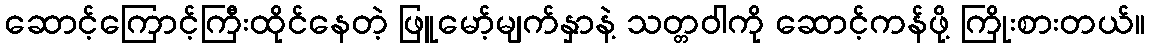
ဆောင့်ကြောင့်ကြီးထိုင်နေတဲ့ ဖြူမော့်မျက်နှာနဲ့ သတ္တဝါကို ဆောင့်ကန်ဖို့ ကြိုးစားတယ်။